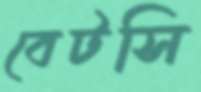
বেটসি